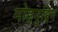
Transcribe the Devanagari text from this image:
मोइनुद्दिन